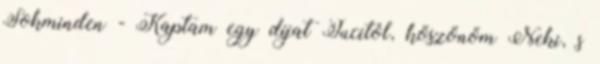
Sokminden - Kaptam egy díjat Jucitól, köszönöm Neki, s